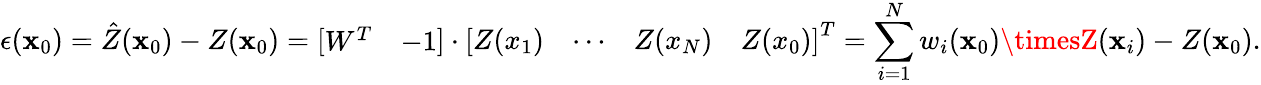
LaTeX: \epsilon(\mathbf{x}_{0})={\hat{{Z}}}(\mathbf{x}_{0})-Z(\mathbf{x}_{0})={\left[\begin{array}{ll}{W^{T}}&{-1}\end{array}\right]}\cdot{\left[\begin{array}{llll}{Z(x_{1})}&{\cdots}&{Z(x_{N})}&{Z(x_{0})}\end{array}\right]}^{T}=\sum_{i=1}^{N}w_{i}(\mathbf{x}_{0})\timesZ(\mathbf{x}_{i})-Z(\mathbf{x}_{0}).